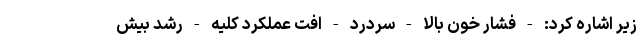
زیر اشاره کرد: - فشار خون بالا - سردرد - افت عملکرد کلیه - رشد بیش